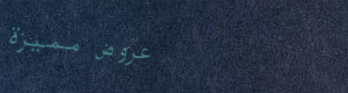
عروض مميزة